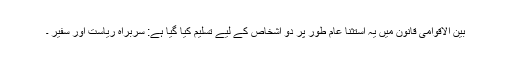
بین الاقوامی قانون میں یہ استثنا عام طور پر دو اشخاص کے لیے تسلیم کیا گیا ہے: سربراہِ ریاست اور سفیر ۔